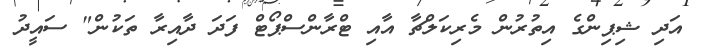
އަދި ޝިޕިންގެ އިތުރުން މެރިކަލްޗާ އާއި ޓްރާންސްޕޯޓް ފަދަ ދާއިރާ ތަކުން" ސައީދު